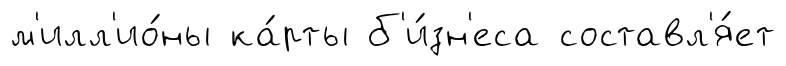
м'илл'ио́ны ка́рты б'и́зн'еса составл'я́ет